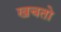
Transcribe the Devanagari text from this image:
खचतो